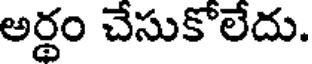
అర్థం చేసుకోలేదు.